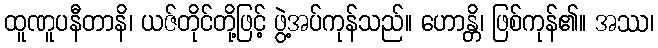
ထူဏူပနီတာနိ၊ ယဇ်တိုင်တို့ဖြင့် ဖွဲ့အပ်ကုန်သည်။ ဟောန္တိ၊ ဖြစ်ကုန်၏။ အဿ၊